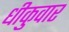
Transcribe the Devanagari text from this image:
धीकुवार